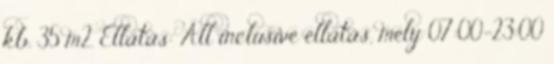
kb. 35 m2. Ellátás: All inclusive ellátás, mely 07:00-23:00